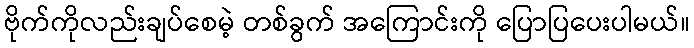
ဗိုက်ကိုလည်းချပ်စေမဲ့ တစ်ခွက် အကြောင်းကို ပြောပြပေးပါမယ်။